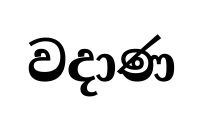
වදාණ